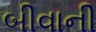
બીવાની